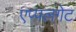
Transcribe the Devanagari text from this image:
एप्पलगेट